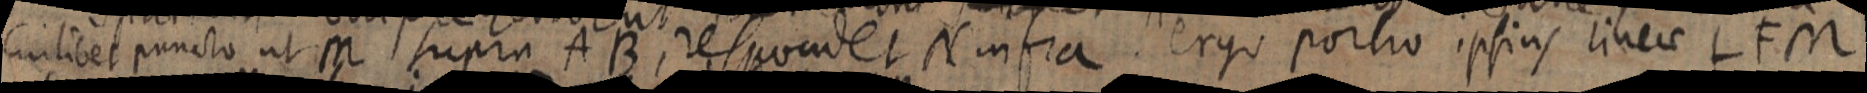
Cuilibet puncto ut M supra AB, respondet N infra. ergo portio ipsius linea LFM